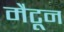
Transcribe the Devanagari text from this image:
मैटून